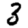
Digit: 3